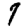
Digit: 7